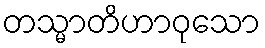
တသ္မာတိဟာဝုသော